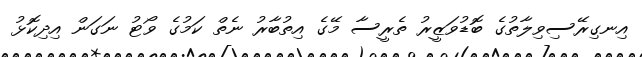
އިނގިރޭސިވިލާތުގެ ބޮޑުވަޒީރު ތެރީސާ މޭގެ އިތުބާރު ނެތް ކަމުގެ ވޯޓު ނަގަން އިދިކޮޅު